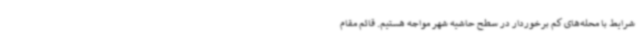
شرایط با محله‌های کم برخوردار در سطح حاشیه شهر مواجه هستیم. قائم مقام